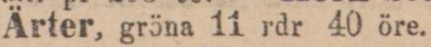
Ärter, gröna 11 rdr 40 öre.